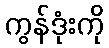
ကွန်ဒုံးကို